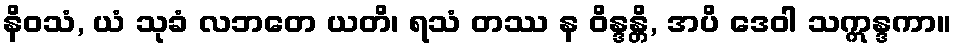
နိဝသံ, ယံ သုခံ လဘတေ ယတိ၊ ရသံ တဿ န ဝိန္ဒန္တိ, အပိ ဒေဝါ သဣန္ဒကာ။